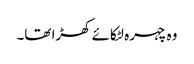
وہ چہرہ لٹکائے کھڑا تھا۔